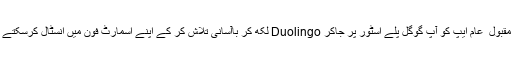
اس مقبول ِ عام ایپ کو آپ گوگل پلے اسٹور پر جاکر Duolingo لکھ کر باآسانی تلاش کر کے اپنے اسمارٹ فون میں انسٹال کرسکتے ہیں۔